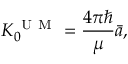
{ K _ { 0 } ^ { \mathrm { ~ U ~ M ~ } } = \frac { 4 \pi \hbar } { \mu } \bar { a } , }